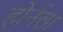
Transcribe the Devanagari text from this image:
होर्नला